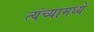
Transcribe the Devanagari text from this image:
त्यंच्यामध्ये